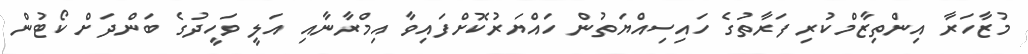
މުޒާހަރާ އިންތިޒާމްކުރި ފަރާތުގެ ހައިސިއްޔަތުން ހައްޔަރުކޮށްފައިވާ އިމްރާނާއި އަލީ ވަހީދުގެ ބަންދަށް ކޯޓުން